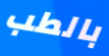
بالطب